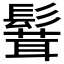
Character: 𩮙